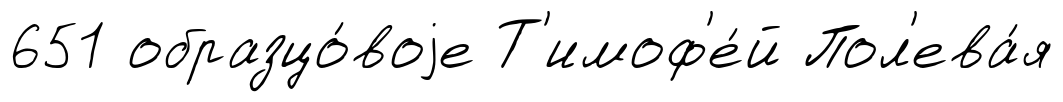
651 образцо́воjе Т'имоф'е́й Пол'ева́я